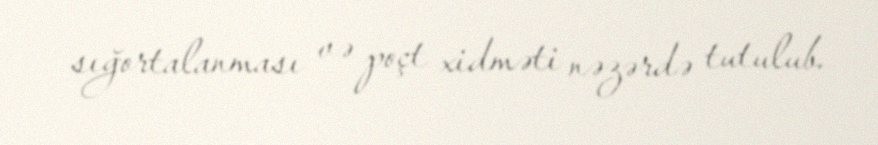
sığortalanması və poçt xidməti nəzərdə tutulub.